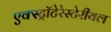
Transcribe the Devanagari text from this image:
एक्स्ट्रॉटेरेस्टेरीयल